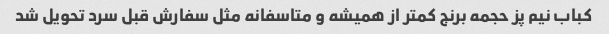
کباب نیم پز حجمه برنج کمتر از همیشه و متاسفانه مثل سفارش قبل سرد تحویل شد